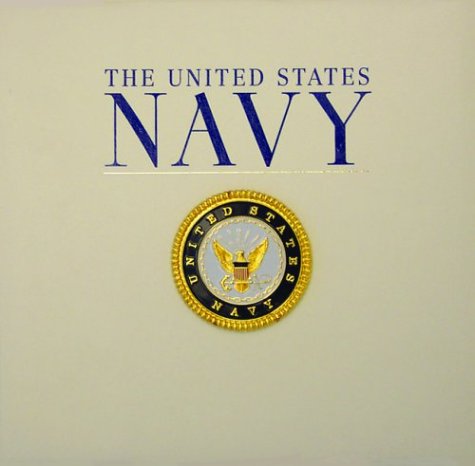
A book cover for United States Navy Scrapbook (Military Scrapbook Series); Crafts, Hobbies & Home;